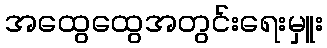
အထွေထွေအတွင်းရေးမှူး